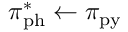
\pi _ { \mathrm { p h } } ^ { * } \leftarrow \pi _ { \mathrm { p y } }